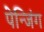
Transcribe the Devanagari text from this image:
पेन्जिंग